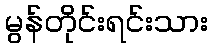
မွန်တိုင်းရင်းသား